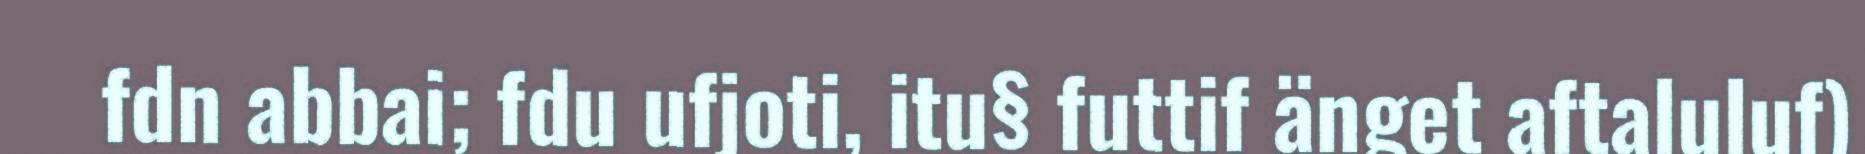
fdn abbai; fdu ufjoti, itu§ futtif änget aftaluluf)